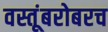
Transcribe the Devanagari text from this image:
वस्तूंबरोबरच